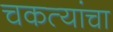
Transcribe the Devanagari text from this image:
चकत्यांचा